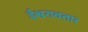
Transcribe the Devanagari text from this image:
ईश्वरावतार